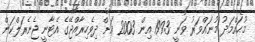
މުޙައްމަދު މުނައްވަރު ވަނީ 1993 އިން 2003 އަށް ދިވެހިރާއްޖޭގެ އެޓާނީ ޖެނެރަލްކަން